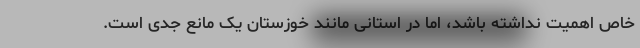
خاص اهمیت نداشته باشد، اما در استانی مانند خوزستان یک مانع جدی است.